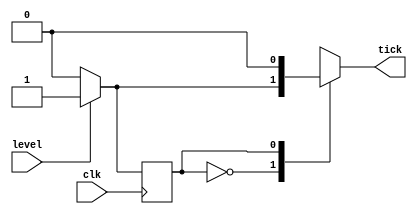
module edge_detector(clk,level,tick);

//INPUTS:
input wire clk; 
input wire level; 
//clk - WIRE FROM (PLL) 
//level - WIRE FROM (PUSH BUTTON) 

//OUTPUTS:
output reg tick;
//tick - REGISTER THAT STORES VALUE OF TICK (IMPULSE THAT INFORMS THE REST OF THE CIRCUIT ABOUT INTERACTION)

//OTHER NETS AND VARIABLES:
reg state_reg;
reg state_next;
//state_reg - REGISTER THAT STORES VALUE OF CURRENT STATE
//state_next - REGISTER THAT STORES VALUE OF AFTER-CLK-CYCLE STATE

//////////////////////////////////////////////////////////////////////////////////////////////////////////////// 
initial 
begin
	tick <= 0;
	state_reg <= 1;
	state_next <= 1;
end
	
localparam  
    zero = 1'b0,
    one =  1'b1;



always @(posedge clk)
begin
        state_reg <= state_next;
end

always @(state_reg, level)
begin
    // store current state as next
    state_next = state_reg; // required: when no case statement is satisfied
    
    tick = 1'b0; // set tick to zero (so that 'tick = 1' is available for 1 cycle only)
    case(state_reg)
        zero: // set 'tick = 1' if state = zero and level = '1'
            if(level)  
                begin // if level is 1, then go to state one,
                    state_next = one; // otherwise remain in same state.
                    tick = 1'b1;
                end
        one: 
            if(~level) // if level is 0, then go to zero state,
                state_next = zero; // otherwise remain in one state.
				
    endcase
end
endmodule